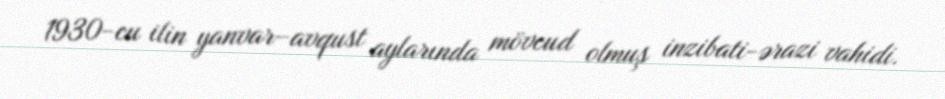
1930-cu ilin yanvar–avqust aylarında mövcud olmuş inzibati-ərazi vahidi.